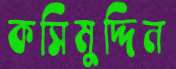
কসিমুদ্দিন